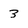
Character: 3